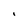
Character: I